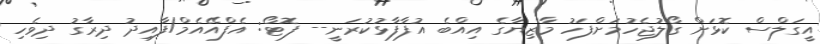
އީގަލްސް ކޮޅަށް ގޯލުޖެހުމަށްފަހު މާޒިޔާގެ އިއްބެ އުފާފާޅުކުރަނީ-- ފޮޓޯ: އެފްއޭއެމް/ފާއިދު ދިރާގު ދިވެހި